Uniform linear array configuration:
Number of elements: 48
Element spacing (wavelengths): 1
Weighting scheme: hann
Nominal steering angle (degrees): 15
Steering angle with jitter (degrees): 16.781
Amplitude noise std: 0.05
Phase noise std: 0.05

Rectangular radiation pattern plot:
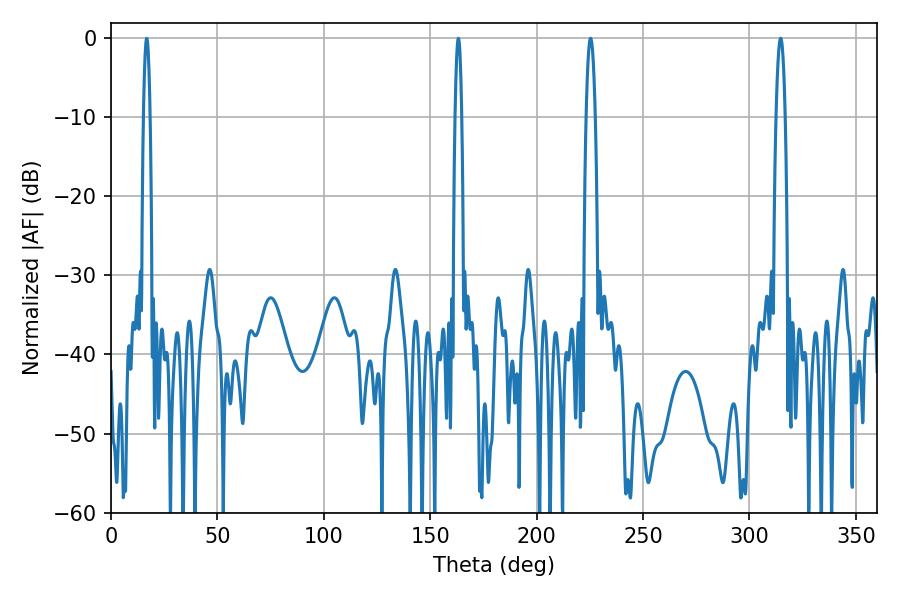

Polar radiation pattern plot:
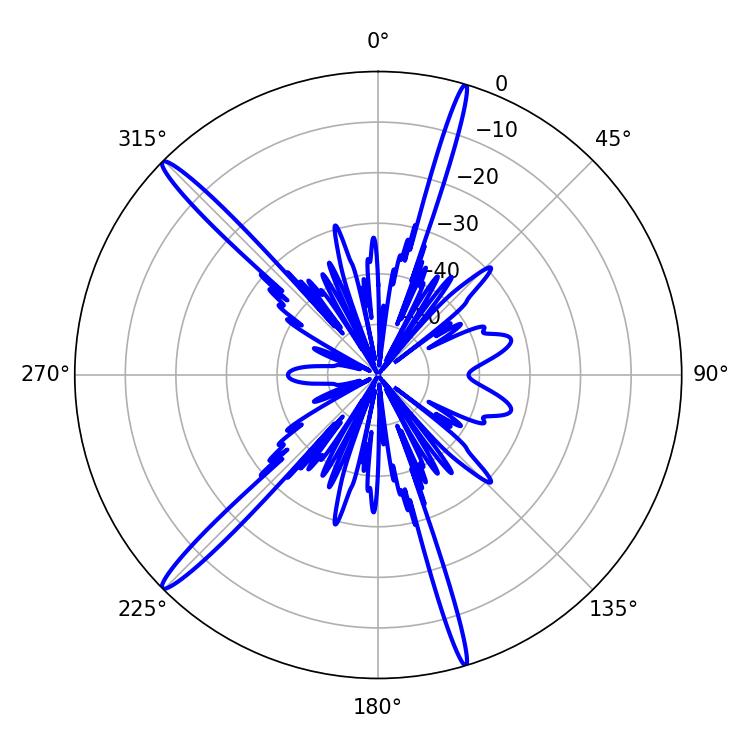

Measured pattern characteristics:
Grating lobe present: TRUE
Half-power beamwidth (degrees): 2.16
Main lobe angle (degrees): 225.36